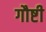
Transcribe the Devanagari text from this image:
गौष्टी